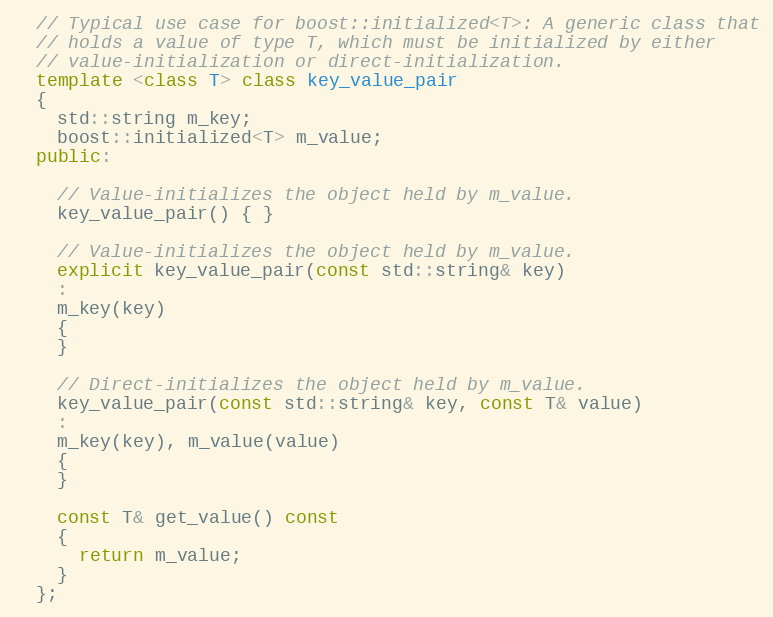
Language: C++
  // Typical use case for boost::initialized<T>: A generic class that
  // holds a value of type T, which must be initialized by either
  // value-initialization or direct-initialization.
  template <class T> class key_value_pair
  {
    std::string m_key;
    boost::initialized<T> m_value;
  public:

    // Value-initializes the object held by m_value.
    key_value_pair() { }

    // Value-initializes the object held by m_value.
    explicit key_value_pair(const std::string& key)
    :
    m_key(key)
    {
    }

    // Direct-initializes the object held by m_value.
    key_value_pair(const std::string& key, const T& value)
    :
    m_key(key), m_value(value)
    {
    }

    const T& get_value() const
    {
      return m_value;
    }
  };